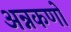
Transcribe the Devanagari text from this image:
अन्नकणों